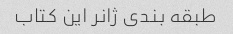
طبقه بندی ژانر این کتاب